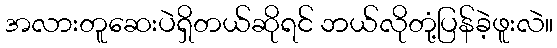
အလားတူဆေးပဲရှိတယ်ဆိုရင် ဘယ်လိုတုံ့ပြန်ခဲ့ဖူးလဲ။